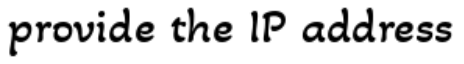
provide the IP address